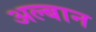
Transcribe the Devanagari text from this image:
अल्बान